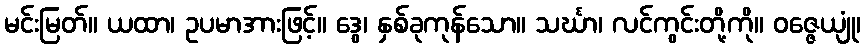
မင်းမြတ်။ ယထာ၊ ဥပမာအားဖြင့်။ ဒွေ၊ နှစ်ခုကုန်သော။ သင်္ဃာ၊ လင်ကွင်းတို့ကို။ ဝဇ္ဇေယျုံ၊